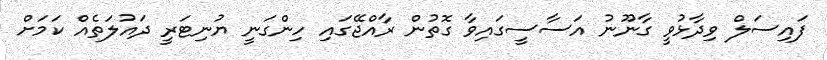
ފައިސަލް ވިދާޅުވީ ގާނޫނު އަސާސީގައިވާ ގޮތުން ރާއްޖޭގައި ހިންގަނީ ޔުނިޓަރީ ދައުލަތެއް ކަމަށް